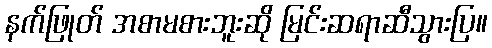
နက်ဖြုတ် အစာမစားဘူးဆို မြင်းဆရာဆီသွားပြ။